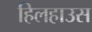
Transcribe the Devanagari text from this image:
हिलहाउस